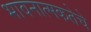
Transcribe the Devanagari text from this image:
भावनात्मकतेचे